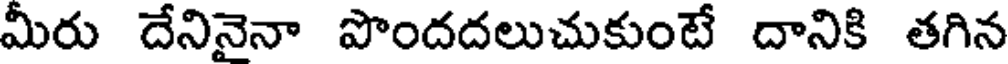
మీరు దేనినైనా పొందదలుచుకుంటే దానికి తగిన